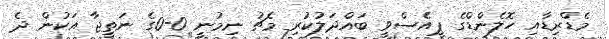
މެޑްރިޑާއި ހޮލެންޑްގެ ޕީއެސްވީ ބައްދަލުކުރި މެޗު ނިމުނީ 0-0ގެ ނަތީޖާ އަކުން ދެ